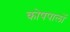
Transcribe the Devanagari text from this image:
कोषपालों